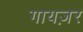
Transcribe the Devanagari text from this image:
गायज़र